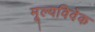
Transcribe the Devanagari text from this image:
मूल्यविवेक